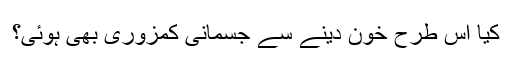
کیا اس طرح خون دینے سے جسمانی کمزوری بھی ہوئی؟